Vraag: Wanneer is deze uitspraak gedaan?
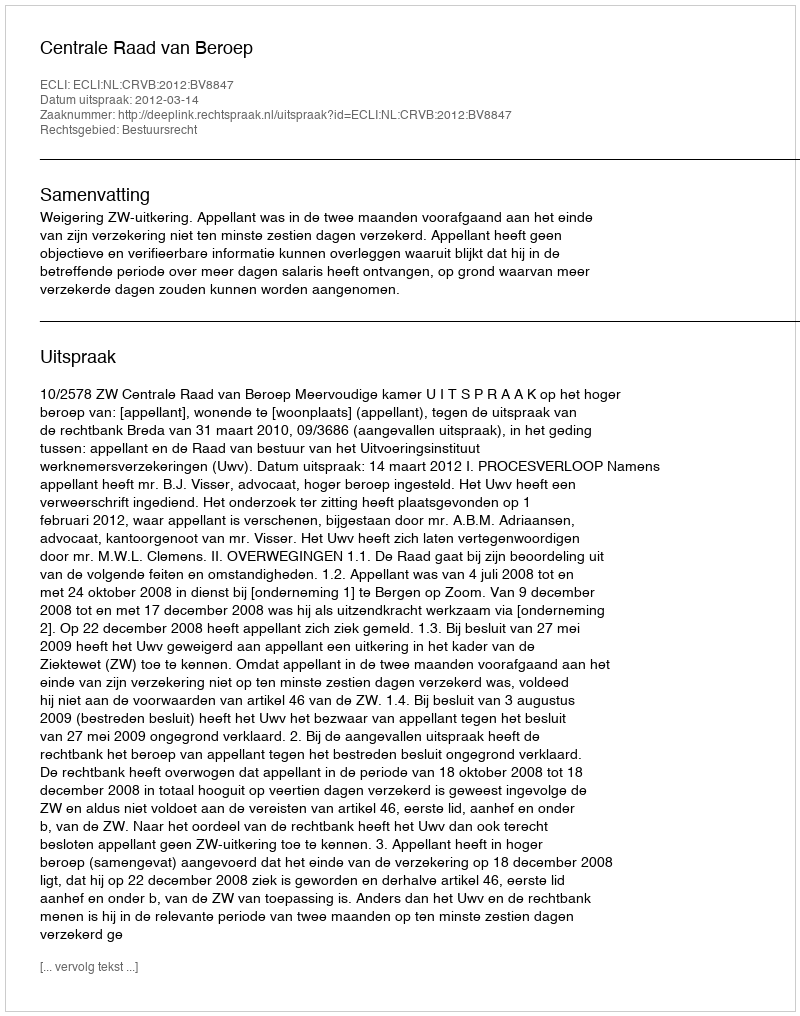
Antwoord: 2012-03-14